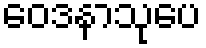
ဝေဒနာသုပေ